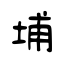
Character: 埔